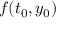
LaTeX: f ( t _ { 0 } , y _ { 0 } )